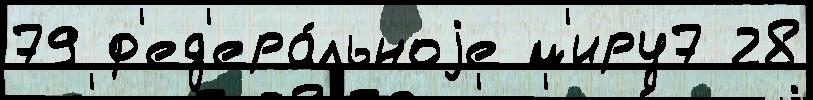
79 ф'ед'ера́льноjе м'иру7 28